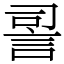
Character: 䛐